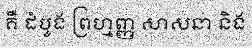
គឺ ដំបូង ព្រហ្មញ្ញ សាសនា និង